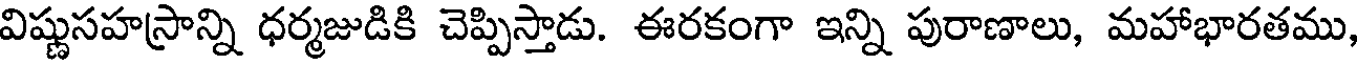
విష్ణుసహస్రాన్ని ధర్మజుడికి చెప్పిస్తాడు. ఈరకంగా ఇన్ని పురాణాలు, మహాభారతము,